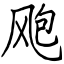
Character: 飑